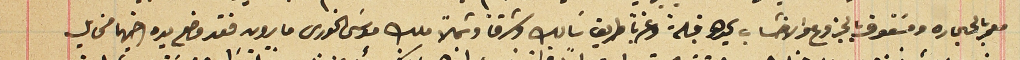
معمر بالحجاره ومسَقوف بالجزوع والاخشاب يحدها قبلة وغرباً طريق سَالك وشرقاً وشمالاً ملك موسَى الخورى مارون فقد وضع يده اخيهما مخايل